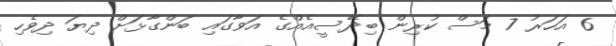
6 އަހަރު 7 މަސް ކުރިން ބިދޭސީއެއްގެ އަވާގައި ބަންގާޅަށް ދިޔަ ދިވެހި